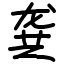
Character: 龚